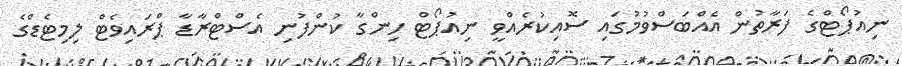
ނިއުޕޯޓްގެ ފަރާތުން އެއްބަސްވުމުގައި ސޮއިކުރެއްވީ ނިއުޕޯޓް ހިންގާ ކުންފުނި އެސްޓްރާޑާ ޕްރައިވެޓް ލިމިޓެޑްގެ